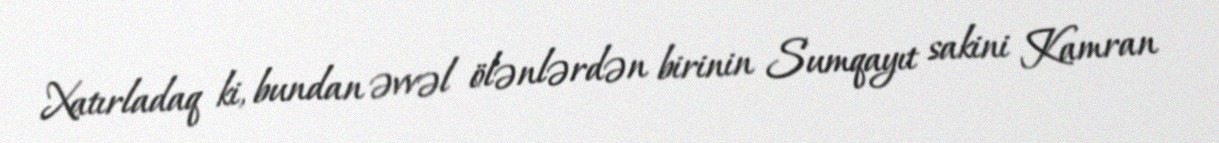
Xatırladaq ki, bundan əvvəl ölənlərdən birinin Sumqayıt sakini Kamran